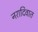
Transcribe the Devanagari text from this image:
नरादिवात